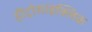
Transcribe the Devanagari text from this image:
हीट्रोसाइक्लिक